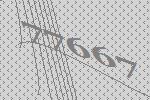
77667